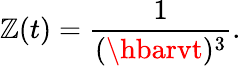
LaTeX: \mathbb{Z}(t)={\frac{{1}}{{(\hbarvt)^{3}}}}.